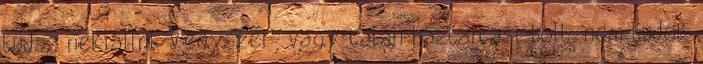
tudsz nekiállni. Vegyszer- vagy talán háztartási bolt, nem tudok